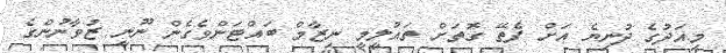
މިއަދުގެ ދުނިޔެ އަށް ފެތޭ ގޮތަށް ތައުލީމީ ނިޒާމް ބައްޓަންވެގެން ނޫނީ ޒުވާނުންގެ